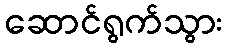
ဆောင်ရွက်သွား